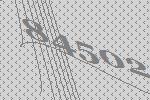
84502